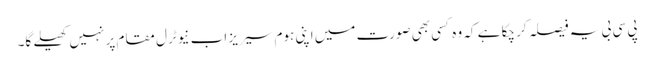
پی سی بی یہ فیصلہ کر چکا ہے کہ وہ کسی بھی صورت میں اپنی ہوم سیریز اب نیوٹرل مقام پر نہیں کھیلے گا۔